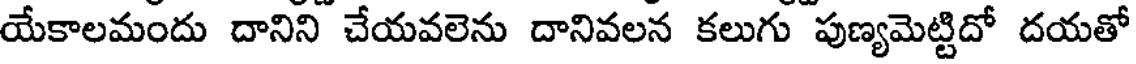
యేకాలమందు దానిని చేయవలెను దానివలన కలుగు పుణ్యమెట్టిదో దయతో